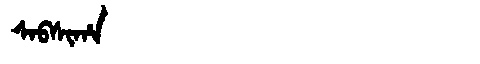
Manchu: ᠰᠠᠪᠰᡳᡥᠠ
Romanization: SABSIHA